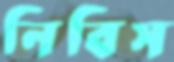
নিবিস